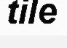
tile